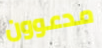
مدعوون